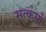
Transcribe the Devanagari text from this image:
सत्कर्मो